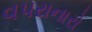
વપરાનારો